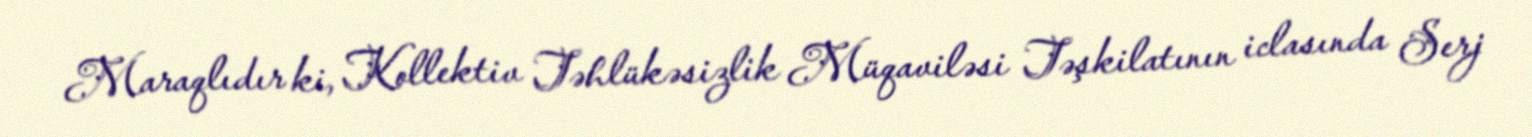
Maraqlıdır ki, Kollektiv Təhlükəsizlik Müqaviləsi Təşkilatının iclasında Serj